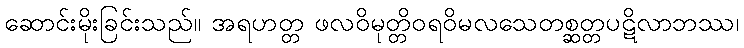
ဆောင်းမိုးခြင်းသည်။ အရဟတ္တ ဖလဝိမုတ္တိဝရဝိမလသေတစ္ဆတ္တပဋိလာဘဿ၊